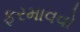
ફરમાવવો